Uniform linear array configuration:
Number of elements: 4
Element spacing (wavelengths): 0.5
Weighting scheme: exponential
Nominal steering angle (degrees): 45
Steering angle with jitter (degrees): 45.043
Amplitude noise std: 0.05
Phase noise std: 0.05

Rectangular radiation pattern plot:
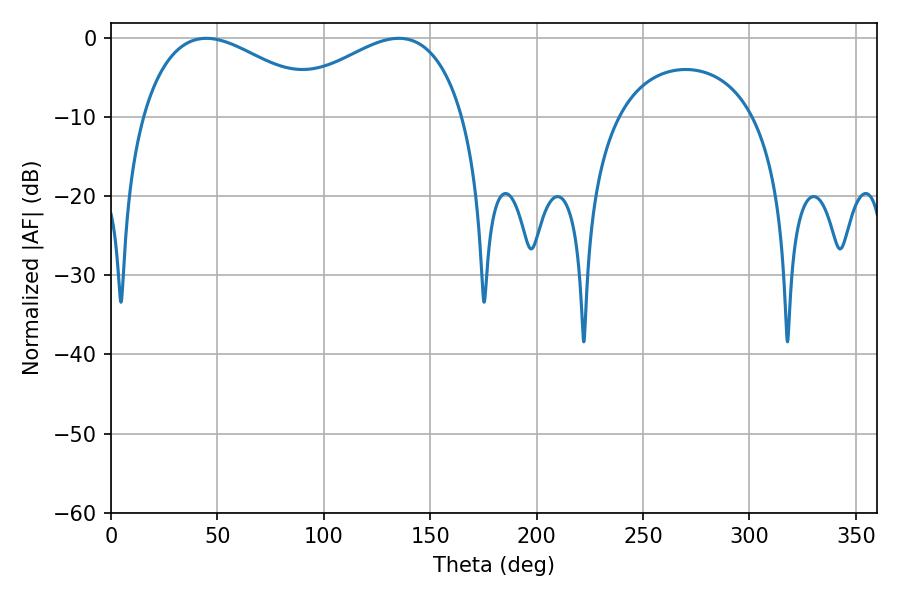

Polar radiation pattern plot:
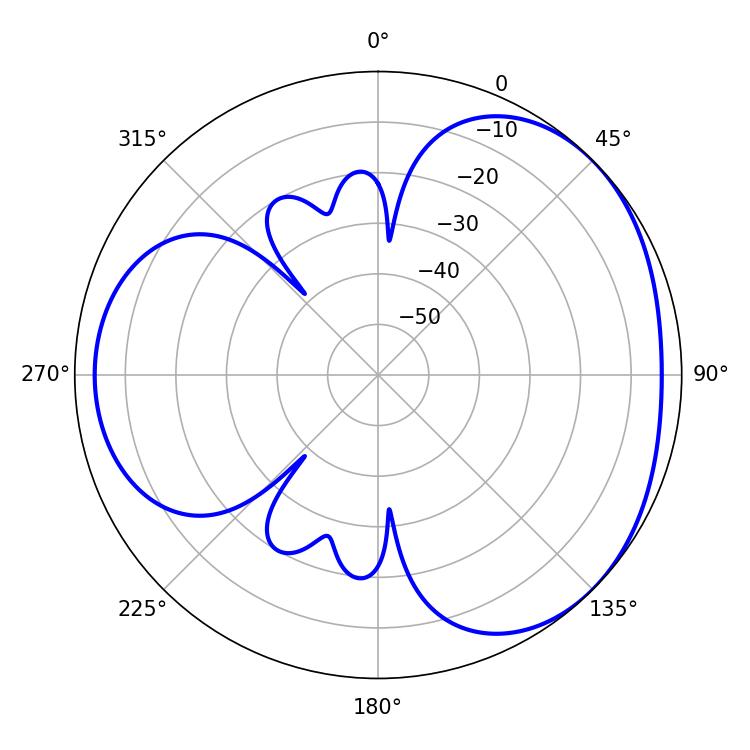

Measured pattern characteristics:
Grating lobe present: FALSE
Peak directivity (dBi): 3.267
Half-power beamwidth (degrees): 48.24
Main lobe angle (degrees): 44.82